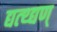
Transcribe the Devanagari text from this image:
द्यत्थ्द्यण्